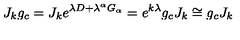
J _ { k } g _ { c } = J _ { k } e ^ { \lambda D + \lambda ^ { \alpha } G _ { \alpha } } = e ^ { k \lambda } g _ { c } J _ { k } \cong g _ { c } J _ { k }